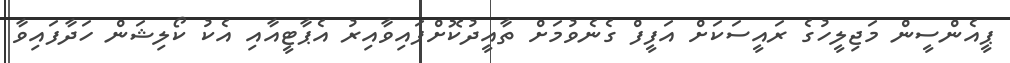
ޕީއެންސީން މަޖިލީހުގެ ރައީސަކަށް އަފީފް ގެނެވުމަށް ތާއީދުކޮށްފައިވާއިރު އެޕާޓީއާއި އެކު ކޯލިޝަން ހަދާފައިވާ